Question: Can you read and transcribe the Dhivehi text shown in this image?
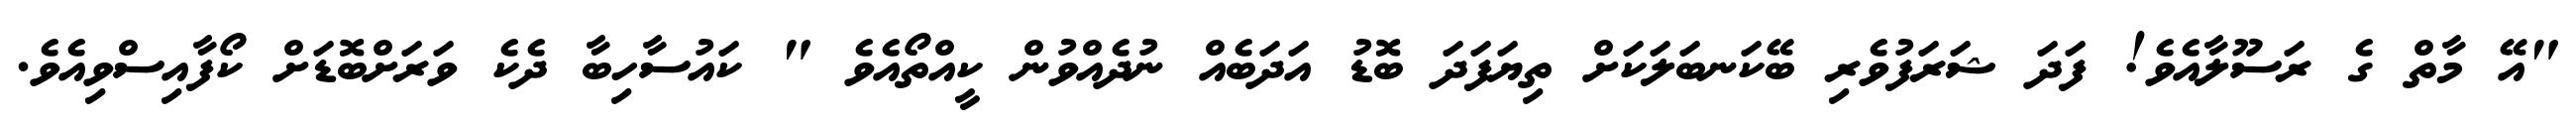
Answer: "އޭ މާތް ގެ ރަސޫލާއެވެ! ފަދަ ޝަރަފުވެރި ބޭކަނބަލަކަށް ތިޔަފަދަ ބޮޑު އަދަބެއް ނުދެއްވުން ކީއްތޯއެވެ " ކައުސާހިބާ ދެކެ ވަރަށްބޮޑަށް ކޯފާއިސްވިއެވެ.